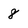
Character: 8